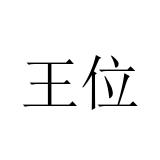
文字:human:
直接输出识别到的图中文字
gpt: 王位